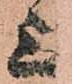
上